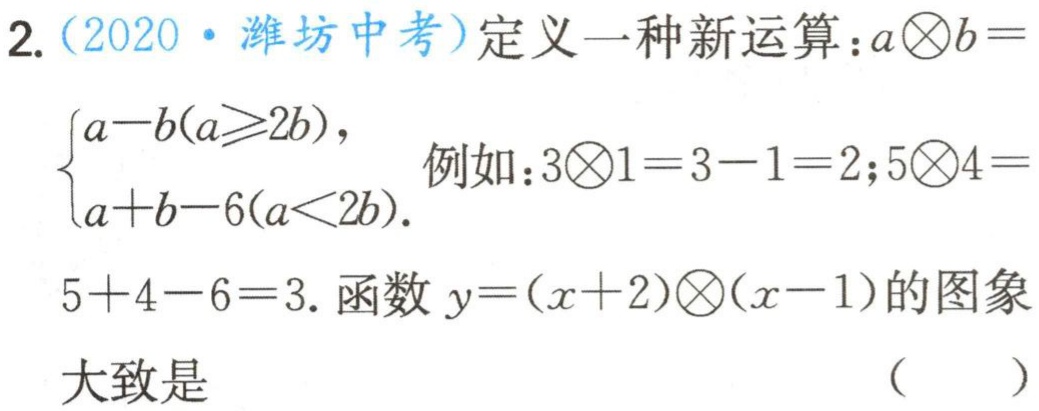
2.（2020·潍坊中考）定义一种新运算：\(a\bigotimes b = \begin{cases}a - b(a\geqslant2b),\\a + b - 6(a<2b).\end{cases}\) 例如：\(3\bigotimes1 = 3 - 1 = 2\)；\(5\bigotimes4 = 5 + 4 - 6 = 3\). 函数\(y=(x + 2)\bigotimes(x - 1)\)的图象大致是 （  ）